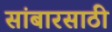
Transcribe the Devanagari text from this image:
सांबारसाठी